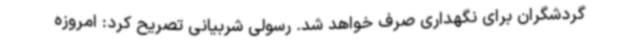
گردشگران برای نگهداری صرف خواهد شد. رسولی شربیانی تصریح کرد: امروزه